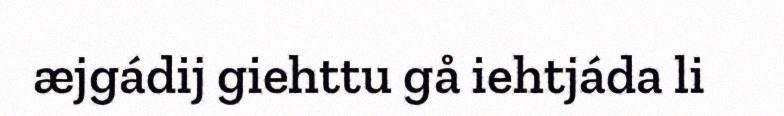
æjgádij giehttu gå iehtjáda li